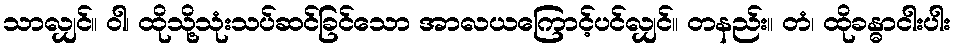
သာလျှင်။ ဝါ၊ ထိုသို့သုံးသပ်ဆင်ခြင်သော အာလယကြောင့်ပင်လျှင်။ တနည်း။ တံ၊ ထိုခန္ဓာငါးပါး